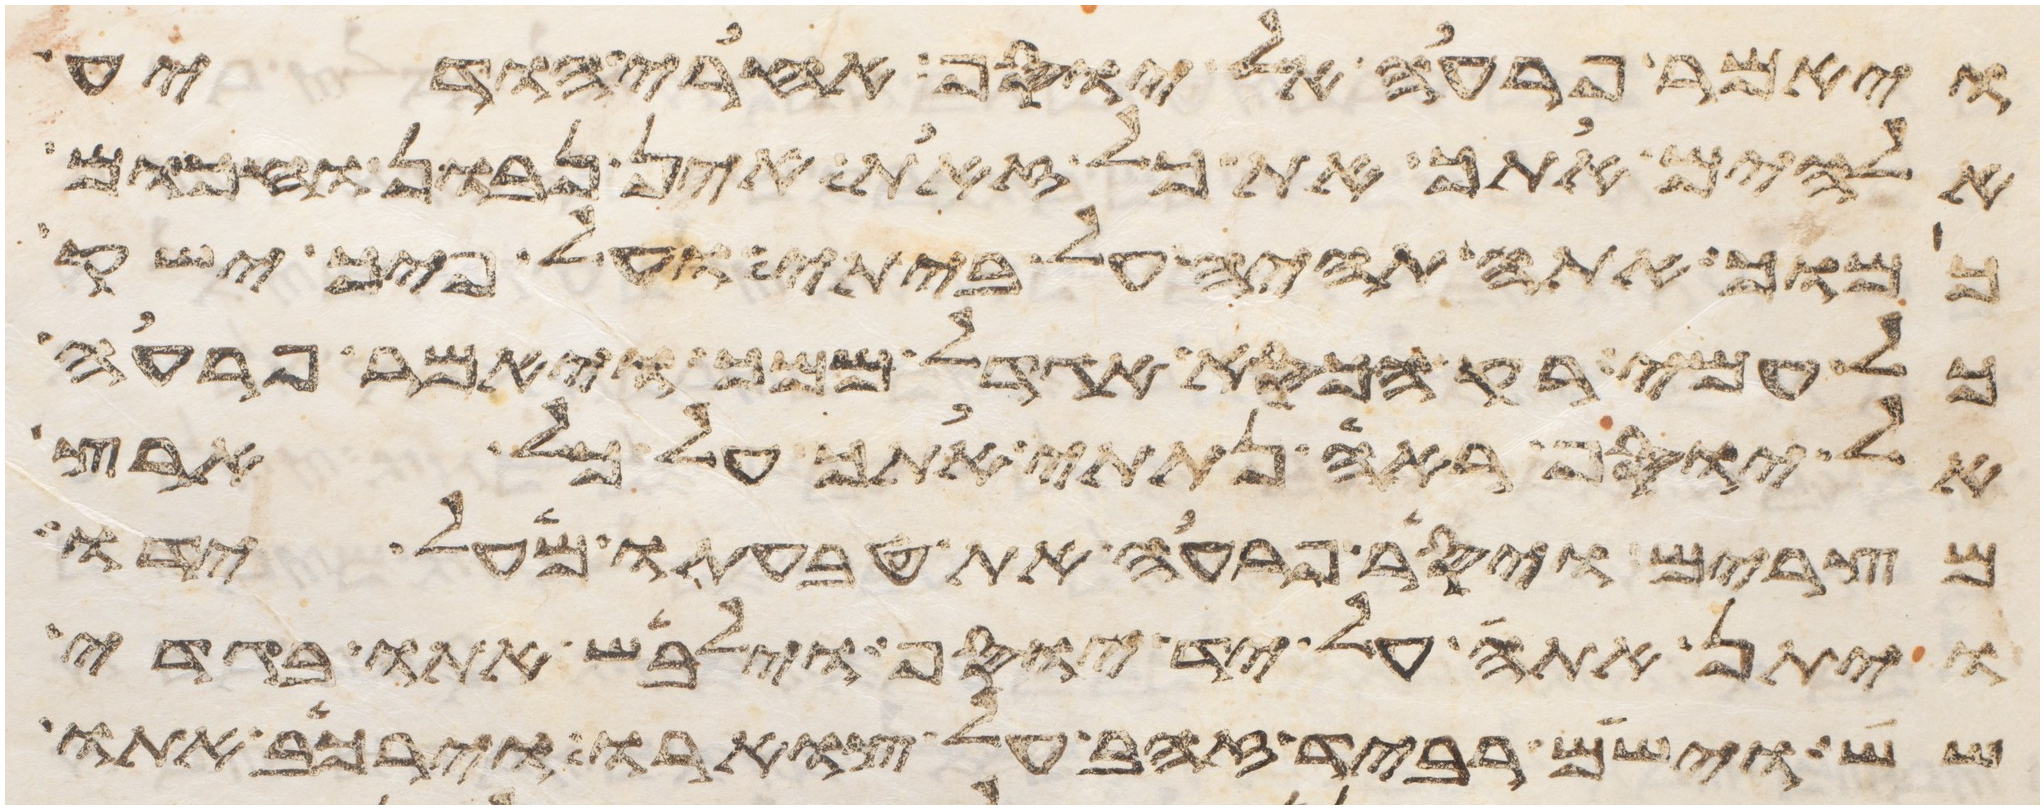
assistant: ויאמר פרעה אל יוסף אחרי הודיע
אלהים אתך את כל זאת אין נבון וחכום
כמוך אתה תהיה על ביתי ועל פיך ישק
כל עמי רק הכסא אגדל ממך ויאמר פרעה
אל יוסף ראה נתתי אתך על כל ארץ
מצרים ויסר פרעה את טבעתו מעל ידו
ויתן אתה על יד יוסף וילבש אתו בגדי
שש וישם רביד זהב על צוארו וירכב אתו